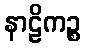
နာဠိကဉ္စ